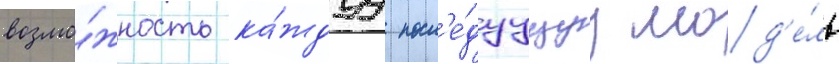
возмо́жность ка́ждуу посл'е́дуущуу мод'е́ль